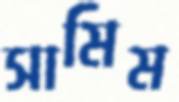
সামিম